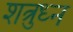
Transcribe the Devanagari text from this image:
शत्रुध्न